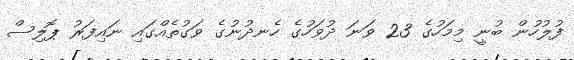
ފުލުހުން ބުނީ މިމަހުގެ 23 ވަނަ ދުވަހުގެ ހެނދުނުގެ ވަގުތެއްގައި ނައިފަރު ޕޮލިސް